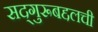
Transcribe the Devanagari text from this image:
सद्‌गुरूबद्दलची